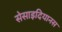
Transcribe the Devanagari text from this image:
सेसाइदियानस